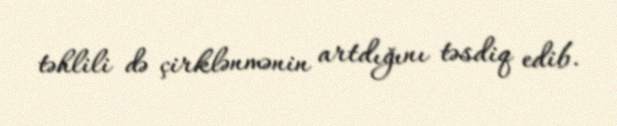
təhlili də çirklənmənin artdığını təsdiq edib.